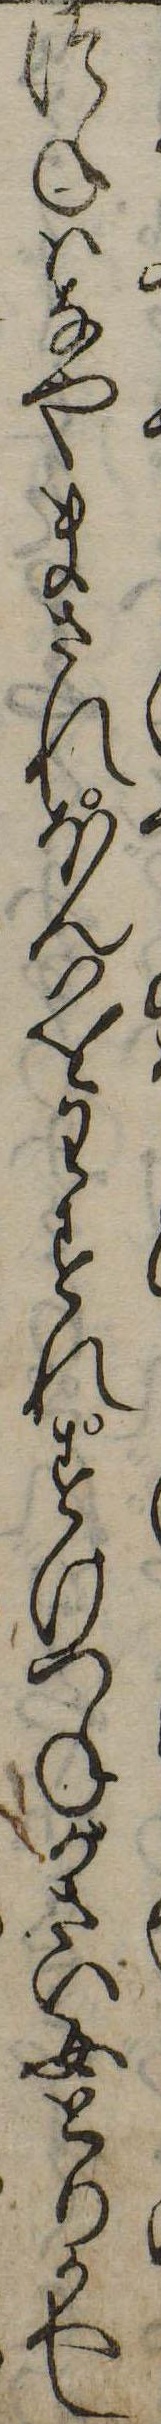
つねはなやまされほんいをわすれすけつねがさい女とりかへし